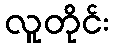
လူတိုင်း